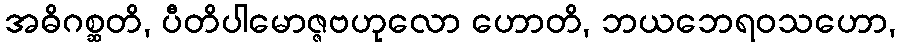
အဓိဂစ္ဆတိ, ပီတိပါမောဇ္ဇဗဟုလော ဟောတိ, ဘယဘေရဝသဟော,